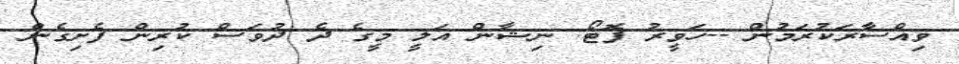
ވިއްސާރަކުރަމުން --ހަވީރު ފޮޓޯ: ނިޝާން އަލީ މީގެ ދެ ދުވަސް ކުރިން ފެށިގެން